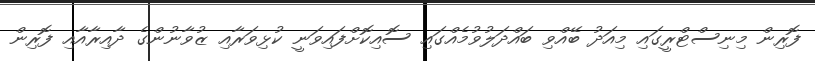
ފޮރިން މިނިސްޓްރީގައި މިއަދު ބޭއްވި ބައްދަލުވުމެއްގައި ސޮއިކޮށްފައިވަނީ ކުޅިވަރާއި ޒުވާނުންގެ ދާއިރާއާއި ފޮރިން